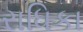
રાધિકા